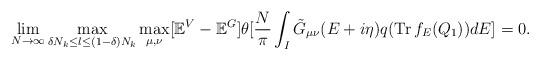
LaTeX: \begin{align*} \lim_{N \rightarrow \infty} \max_{\delta N_k \leq l \leq (1-\delta)N_k } \max_{\mu, \nu} [\mathbb{E}^V-\mathbb{E}^G]\theta[\frac{N}{\pi} \int_I \tilde{G}_{\mu \nu}(E+i\eta)q(\operatorname{Tr}f_E(Q_1))dE]=0.\end{align*}